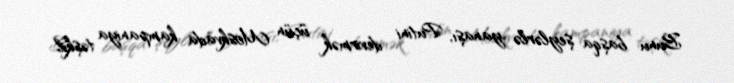
Bunu başqa şeylərlə yanaşı, Putini devirmək üçün Moskvada kampaniya təşkil